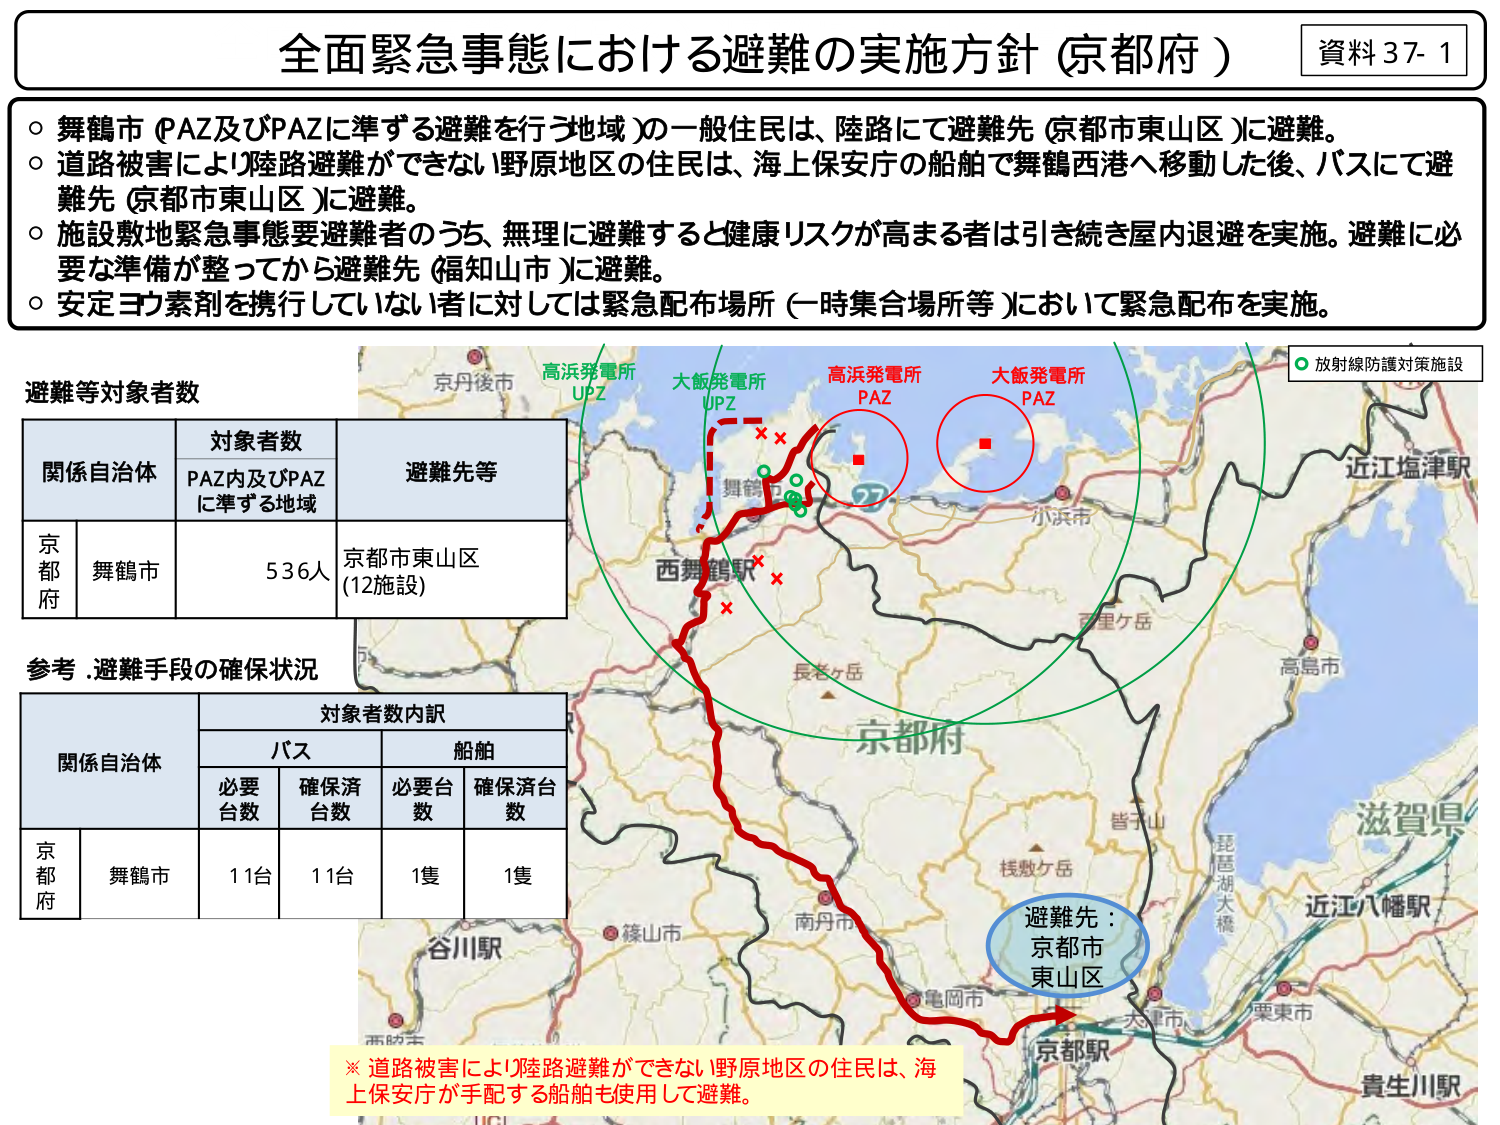
全面緊急事態における避難の実施方針（京都府）

資料37-1

○ 舞鶴市（PAZ及びPAZに準ずる避難を行う地域）の一般住民は、陸路にて避難先（京都市東山区）に避難。
○ 道路被害により陸路避難ができない野原地区の住民は、海上保安庁の船舶で舞鶴西港へ移動した後、バスにて避難先（京都市東山区）に避難。
○ 施設敷地緊急事態要避難者のうち、無理に避難すると健康リスクが高まる者は引き続き屋内退避を実施。避難に必要な準備が整ってから避難先（福知山市）に避難。
○ 安定ヨウ素剤を携行していない者に対しては緊急配布場所（一時集合場所等）において緊急配布を実施。

避難等対象者数

関係自治体　　対象者数　　　　　避難先等
　　　　　　PAZ内及びPAZ　　　　　　　　
　　　　　　に準ずる地域

京都府　舞鶴市　　536人　　京都市東山区
　　　　　　　　　　　　　　（12施設）

参考：避難手段の確保状況

関係自治体　　対象者数内訳
　　　　　　バス　　　　　船舶
　　　　　　必要　確保済　必要台　確保済台
　　　　　　台数　台数　　数　　数

京都府　舞鶴市　　11台　11台　1隻　1隻

高浜発電所 UPZ
大飯発電所 UPZ
高浜発電所 PAZ
大飯発電所 PAZ

放射線防護対策施設

京丹後市
西舞鶴
長老ヶ岳
京都市
南丹市
亀岡市
谷川駅
篠山市
西脇市
京都駅
大津市
栗東市
貴生川駅
近江八幡駅
琵琶湖大橋
皆子山
桜数ヶ岳
百里ヶ岳
小浜市
高島市
近江塩津駅
滋賀県

避難先：京都市東山区

※ 道路被害により陸路避難ができない野原地区の住民は、海上保安庁が手配する船舶も使用して避難。